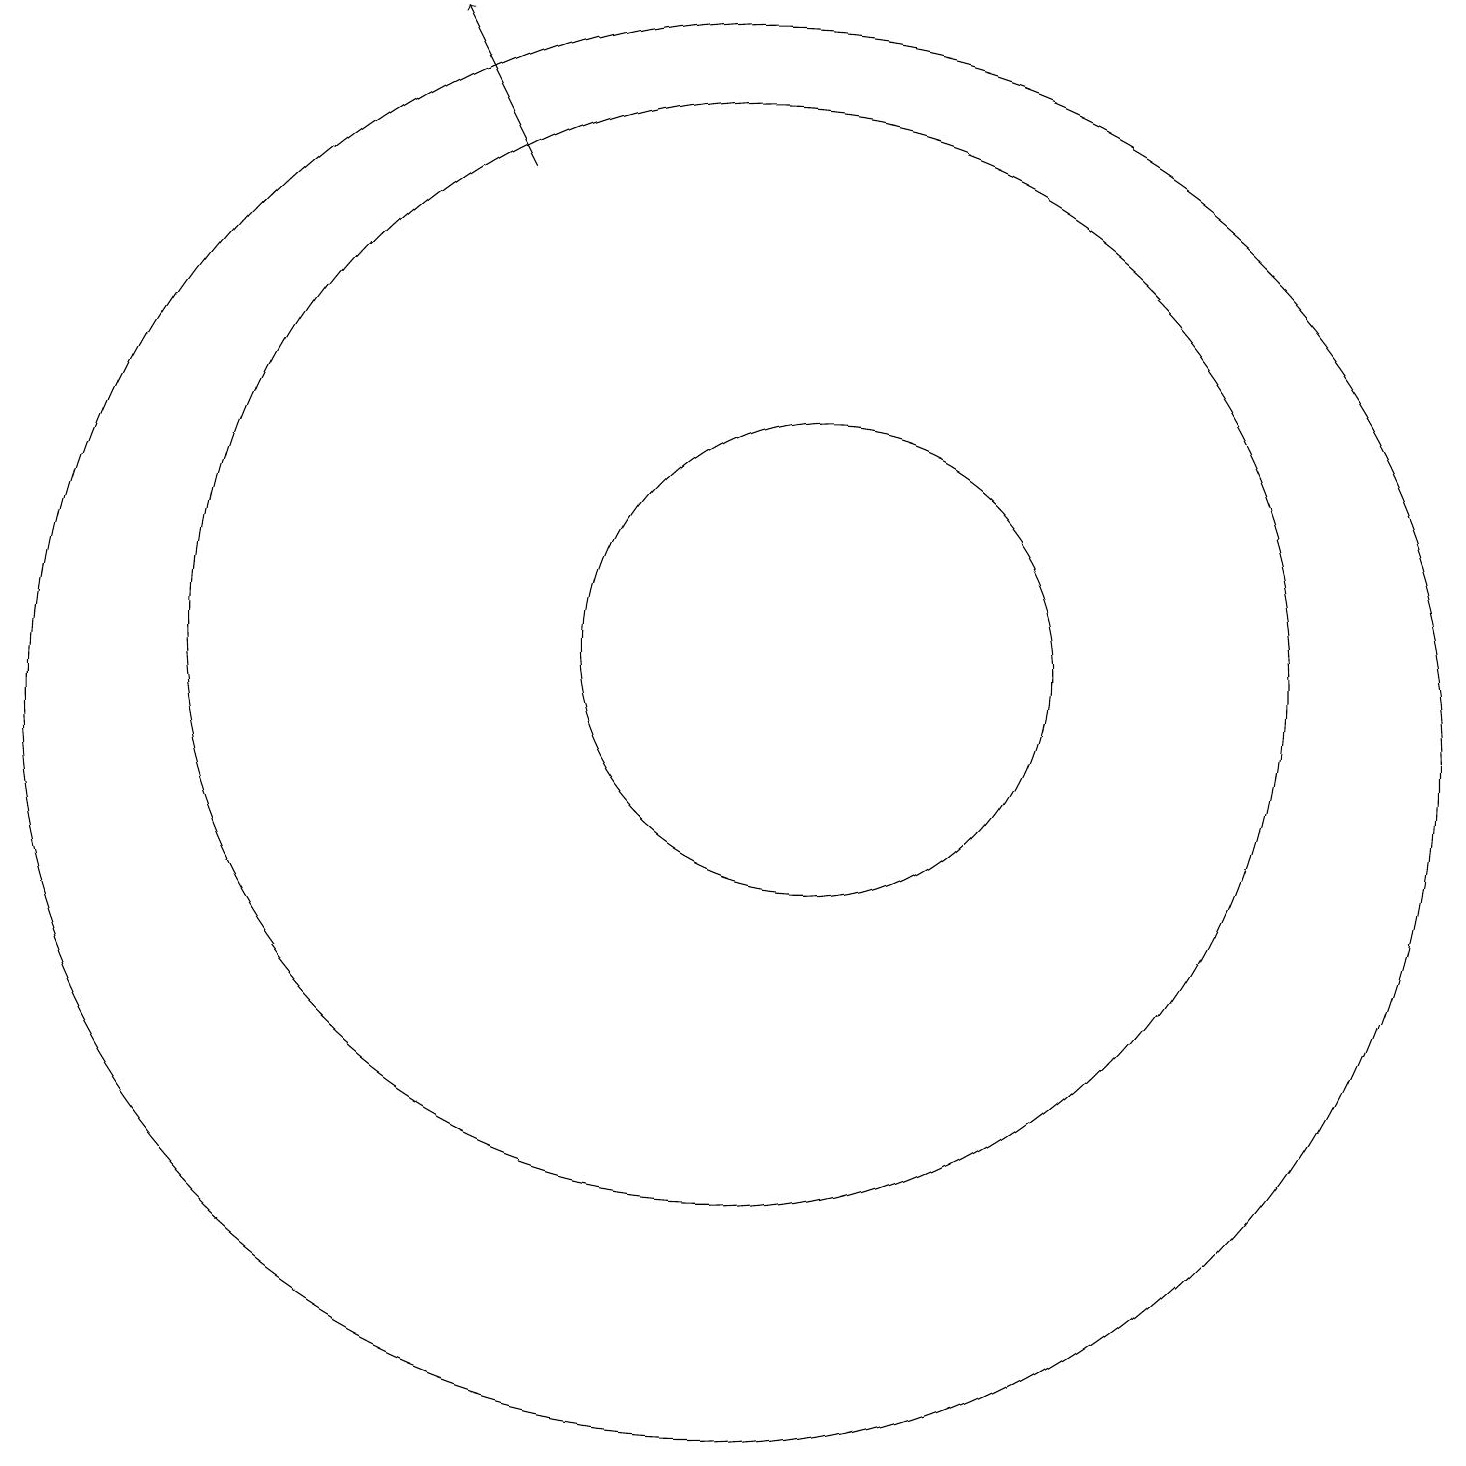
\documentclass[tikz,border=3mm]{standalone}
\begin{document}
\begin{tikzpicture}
\draw (11,11) circle (3);
\draw (10,11) circle (7);
\draw[->] (7,17) -- (6,19);
\draw (10,10) circle (9);
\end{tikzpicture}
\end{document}